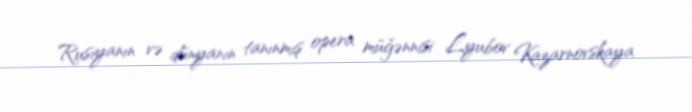
Rusiyanın və dünyanın tanınmış opera müğənnisi Lyubov Kazarnovskaya